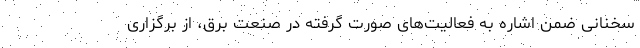
سخنانی ضمن اشاره به فعالیت‌های صورت گرفته در صنعت برق، از برگزاری